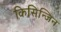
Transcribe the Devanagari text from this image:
किसिन्जिन